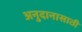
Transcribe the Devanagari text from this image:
अनुदानासाठी